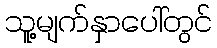
သူ့မျက်နှာပေါ်တွင်